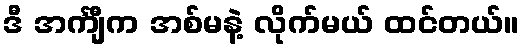
ဒီ အင်္ကျီက အစ်မနဲ့ လိုက်မယ် ထင်တယ်။